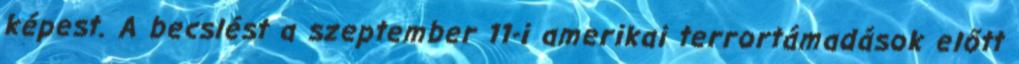
képest. A becslést a szeptember 11-i amerikai terrortámadások előtt